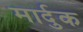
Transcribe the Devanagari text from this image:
मार्दुक